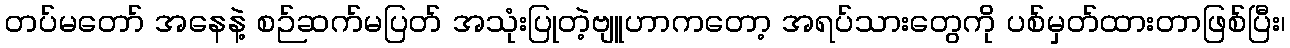
တပ်မတော် အနေနဲ့ စဉ်ဆက်မပြတ် အသုံးပြုတဲ့ဗျူဟာကတော့ အရပ်သားတွေကို ပစ်မှတ်ထားတာဖြစ်ပြီး၊